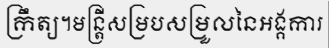
ក្រឹត្យ។មន្ត្រីសម្របសម្រួលនៃអង្គការ